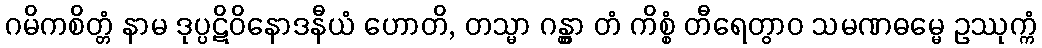
ဂမိကစိတ္တံ နာမ ဒုပ္ပဋိဝိနောဒနီယံ ဟောတိ, တသ္မာ ဂန္တွာ တံ ကိစ္စံ တီရေတွာဝ သမဏဓမ္မေ ဥဿုက္ကံ